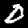
Digit: 0